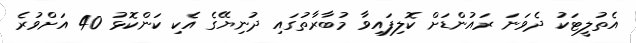
އެތުލީޓަކު ދެވަނަ ރައުންޑަށް ކޮލިފައިވާ މުބާރާތުގައި ދުނިޔޭގެ އެކި ކަންކޮޅު 40 އަށްވުރެ